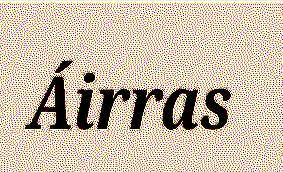
Áirras